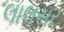
લાલસર